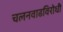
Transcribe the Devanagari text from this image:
चलनवाढविरोधी